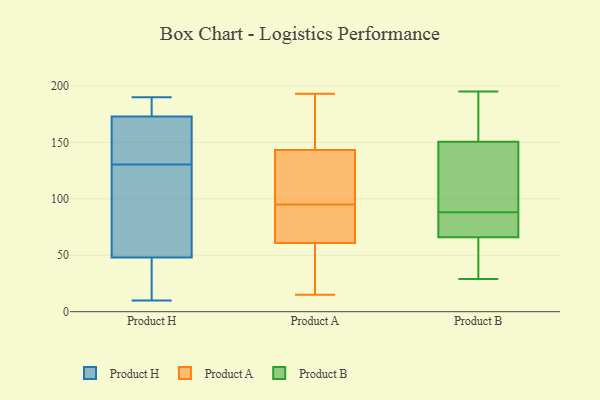
{"axis": {"x": "Satisfaction Score", "y": "Value"}, "legend": ["Product A", "Product B", "Product H"], "data": [{"x": "", "y": 126, "type": "Product H"}, {"x": "", "y": 188, "type": "Product H"}, {"x": "", "y": 10, "type": "Product H"}, {"x": "", "y": 12, "type": "Product H"}, {"x": "", "y": 72, "type": "Product H"}, {"x": "", "y": 135, "type": "Product H"}, {"x": "", "y": 173, "type": "Product H"}, {"x": "", "y": 94, "type": "Product H"}, {"x": "", "y": 176, "type": "Product H"}, {"x": "", "y": 48, "type": "Product H"}, {"x": "", "y": 155, "type": "Product H"}, {"x": "", "y": 190, "type": "Product H"}, {"x": "", "y": 164, "type": "Product H"}, {"x": "", "y": 35, "type": "Product H"}, {"x": "", "y": 80, "type": "Product A"}, {"x": "", "y": 15, "type": "Product A"}, {"x": "", "y": 76, "type": "Product A"}, {"x": "", "y": 69, "type": "Product A"}, {"x": "", "y": 43, "type": "Product A"}, {"x": "", "y": 154, "type": "Product A"}, {"x": "", "y": 150, "type": "Product A"}, {"x": "", "y": 123, "type": "Product A"}, {"x": "", "y": 193, "type": "Product A"}, {"x": "", "y": 173, "type": "Product A"}, {"x": "", "y": 58, "type": "Product A"}, {"x": "", "y": 101, "type": "Product A"}, {"x": "", "y": 115, "type": "Product A"}, {"x": "", "y": 95, "type": "Product A"}, {"x": "", "y": 16, "type": "Product A"}, {"x": "", "y": 85, "type": "Product B"}, {"x": "", "y": 65, "type": "Product B"}, {"x": "", "y": 52, "type": "Product B"}, {"x": "", "y": 67, "type": "Product B"}, {"x": "", "y": 131, "type": "Product B"}, {"x": "", "y": 90, "type": "Product B"}, {"x": "", "y": 86, "type": "Product B"}, {"x": "", "y": 169, "type": "Product B"}, {"x": "", "y": 195, "type": "Product B"}, {"x": "", "y": 132, "type": "Product B"}, {"x": "", "y": 175, "type": "Product B"}, {"x": "", "y": 29, "type": "Product B"}]}